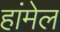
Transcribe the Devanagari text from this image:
हांमेल